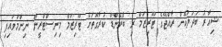
ޝިއާރު ބަދަލުކޮށް ރާއްޖޭގެ ޓޫރިޒަމް ރި ބްރޭންޑް ކުރާގޮތަށް ޓޫރިޒަމް މިނިސްޓްރީން ނިންމަވައިފި